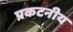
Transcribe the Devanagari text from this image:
प्रकटनीय